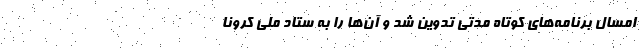
امسال برنامه‌های کوتاه مدتی تدوین شد و آن‌ها را به ستاد ملی کرونا